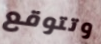
وتتوقع